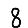
Digit: 8